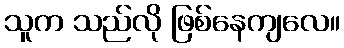
သူက သည်လို ဖြစ်နေကျလေ။